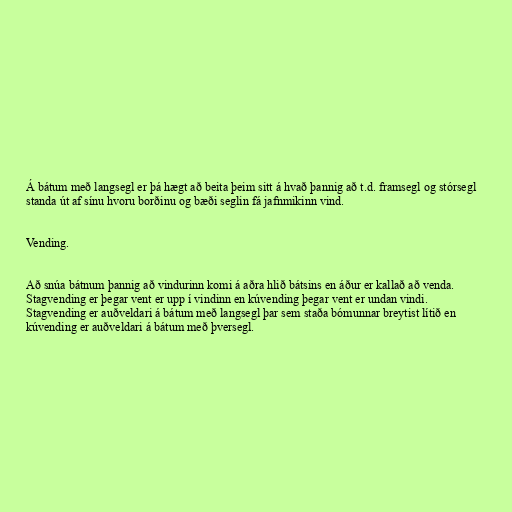
Á bátum með langsegl er þá hægt að beita þeim sitt á hvað þannig að t.d. framsegl og stórsegl
standa út af sínu hvoru borðinu og bæði seglin fá jafnmikinn vind.

Vending.

Að snúa bátnum þannig að vindurinn komi á aðra hlið bátsins en áður er kallað að venda.
Stagvending er þegar vent er upp í vindinn en kúvending þegar vent er undan vindi.
Stagvending er auðveldari á bátum með langsegl þar sem staða bómunnar breytist lítið en
kúvending er auðveldari á bátum með þversegl.